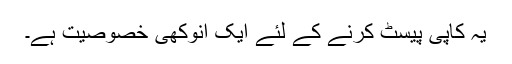
یہ کاپی پیسٹ کرنے کے لئے ایک انوکھی خصوصیت ہے۔